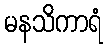
မနသိကာရံ